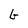
Character: b